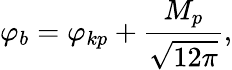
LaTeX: \varphi_{b}=\varphi_{kp}+\frac{M_{p}}{\sqrt{12\pi}},